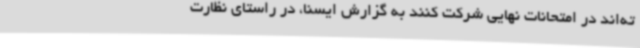
ته‌اند در امتحانات نهایی شرکت کنند به گزارش ایسنا، در راستای نظارت